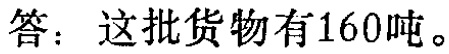
答：这批货物有160吨。